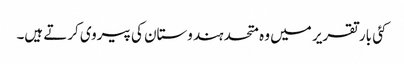
کئی بار تقریر میں وہ متحد ہندوستان کی پیروی کرتے ہیں۔